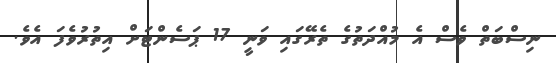
ނިސްބަތް ވެސް އެ މުއްދަތުގެ ތެރޭގައި ވަނީ 17 ޕަސެންޓަށް އިތުރުވެފަ އެވެ.